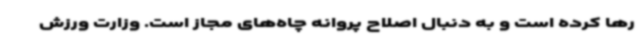
رها کرده است و به دنبال اصلاح پروانه چاه‌های مجاز است. وزارت ورزش